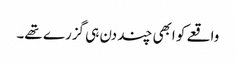
واقعے کو ابھی چند دن ہی گزرے تھے۔